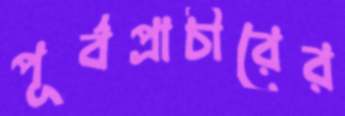
পূর্বপ্রাচীরের